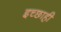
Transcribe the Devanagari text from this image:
इच्छाही